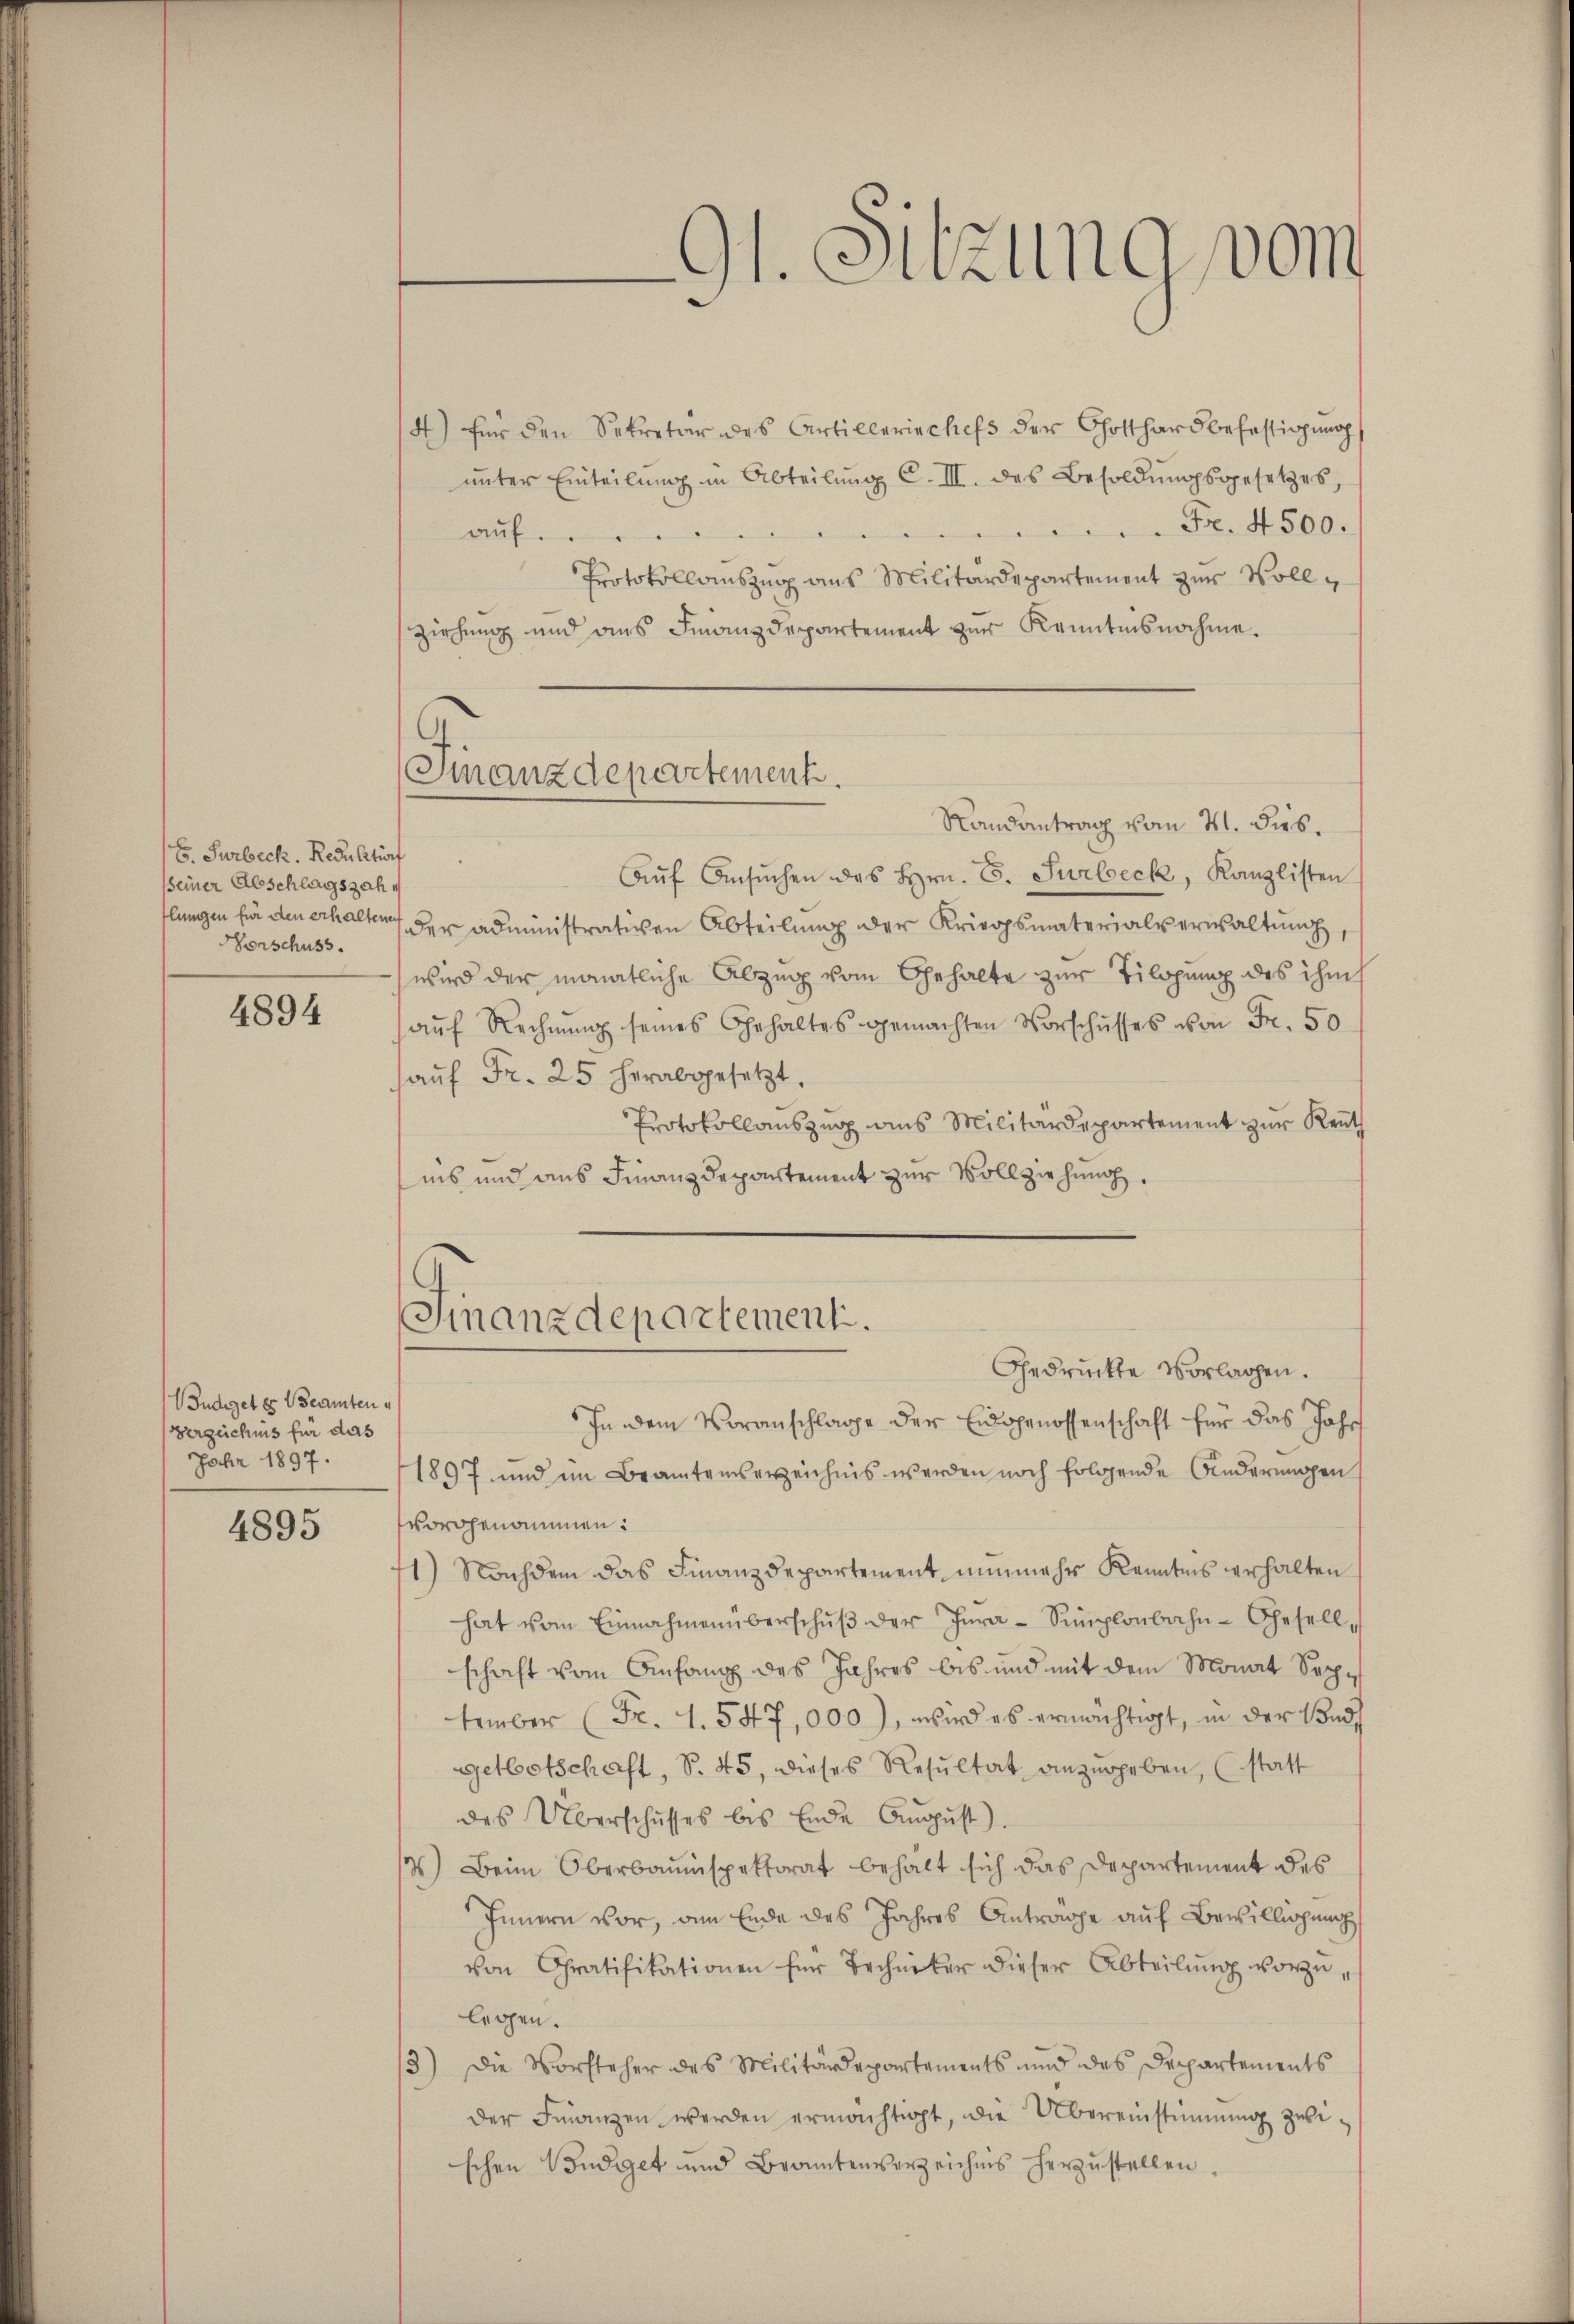
E. Surbeck. Resultierf
seiner Abschlagszah
Verschuss

4894

ndiget es Beamten u
Verzeichnis für das
Jahr 1897.

4895

91. Sitzung vom

Finanzdepartement.

4) für den Sekretär des Artillerischefs der Gotthard befestigŭng
ŭnter Einteilŭng in Abteilŭng C.III. des Besoldŭngsgesetzes,
aŭf Fr. 4500.
Protokollauszug aus Militärdepartement zur Vollziehung und ans Finanzdepartement zur Kenntnisnahme.
Randantrag vom 21. Dieb¬
Aŭf Ansŭchen des Hrn. C. Surbeck, Kanzlisten
flungen für den erhalten der administrativen Abteilung der Kriegsmaterials erwaltung,
wird der monatliche Abzug vom Gehalte zur Tilgung des ihm
aŭf Rechnŭng seines Gehaltes gemachten Vorschusses von Fr. 50
aŭf Fr. 25 herabgesetzt,
Protokollauszug aus Militärdepartement zur Kennt
nis und aus Finanzdepartement zur Vollziehung,
Finanzdepartement.
Gedrückte Vorlagen.
In dem Voranschlage der Eidgenossenschaft für das Jahr
1897 und im Beamteiserzeichnis werden noch folgende Anderungen
vorgenommen:
1) Nachdem das Finanzdepartement nunmehr Kenntnis erhalten
hat vom Einnahmenüberschŭβ der Jura - Simplonbahn-Gesell,
schaft vom Anfang des Jahres bis und mit dem Monat Sechtember (Fr. 1. 547,000), wird es ermächtigt, in der Sond
getbetschaft, S. 45, dieses Resultat anzugeben, (statt
des Überschusses bis Ende August)
/) Beim Oberbauinspektorat behält sich das Departement des
Innern vor, am Ende des Jahres Anträge auf Bewilligung
von Gratifikationen für Techniker dieser Abteilung vorzulegen.
3) Die Vorsteher des Militärdepartements und des Departements
der Finanzen werden ermächtigt, die Übereinstimmung zwischen Budget und Beamtenverzeichnis herzustellen